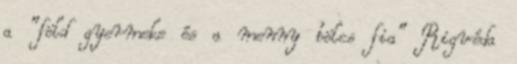
a "föld gyermeke és a menny bölcs fia" Rigvéda